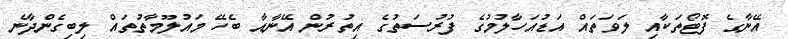
އޭނާގެ ފޮޓޯތަކާއި ލަވަތައް އަޑުއަހާލުމުގެ ފުރުސަތުގެ އިތުރުން އޭނާއާ ބެހޭ މައުލޫމާތުތައް ލިބިގެންދާނެ